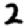
Digit: 2